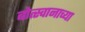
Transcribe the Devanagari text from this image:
बोत्स्वानाच्या